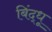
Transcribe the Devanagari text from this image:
बिंद्धू